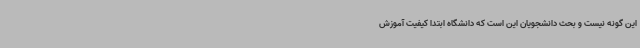
این گونه‌ نیست و بحث دانشجویان این است که دانشگاه ابتدا کیفیت آموزش